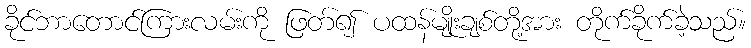
ခိုင်ဘာတောင်ကြားလမ်းကို ဖြတ်၍ ပထန်မျိုးချစ်တို့အား တိုက်ခိုက်ခဲ့သည်။